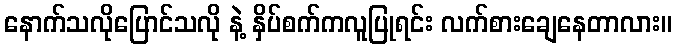
နောက်သလိုပြောင်သလို နဲ့ နှိပ်စက်ကလူပြုရင်း လက်စားချေနေတာလား။